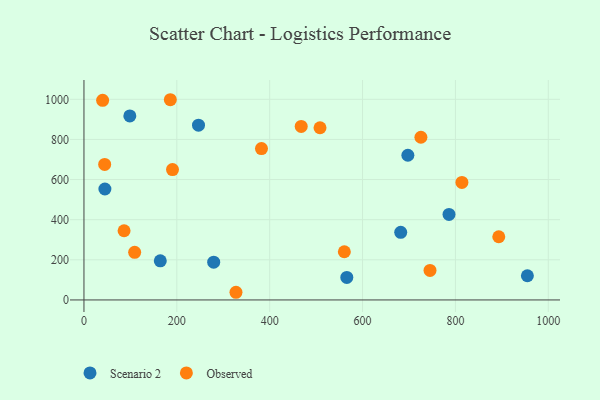
{"axis": {"x": "Distance", "y": "Sales"}, "legend": ["Observed", "Scenario 2"], "data": [{"x": "566.1", "y": 112.4, "type": "Scenario 2"}, {"x": "45.1", "y": 553.0, "type": "Scenario 2"}, {"x": "246.7", "y": 871.1, "type": "Scenario 2"}, {"x": "98.8", "y": 917.0, "type": "Scenario 2"}, {"x": "955.0", "y": 120.5, "type": "Scenario 2"}, {"x": "786.2", "y": 426.1, "type": "Scenario 2"}, {"x": "682.2", "y": 336.9, "type": "Scenario 2"}, {"x": "279.4", "y": 188.2, "type": "Scenario 2"}, {"x": "697.6", "y": 721.2, "type": "Scenario 2"}, {"x": "164.4", "y": 195.1, "type": "Scenario 2"}, {"x": "190.7", "y": 649.8, "type": "Observed"}, {"x": "725.7", "y": 810.9, "type": "Observed"}, {"x": "186.0", "y": 997.9, "type": "Observed"}, {"x": "44.6", "y": 675.5, "type": "Observed"}, {"x": "327.4", "y": 38.2, "type": "Observed"}, {"x": "86.4", "y": 344.9, "type": "Observed"}, {"x": "560.8", "y": 240.1, "type": "Observed"}, {"x": "382.3", "y": 754.6, "type": "Observed"}, {"x": "109.2", "y": 237.4, "type": "Observed"}, {"x": "508.4", "y": 858.3, "type": "Observed"}, {"x": "814.0", "y": 585.5, "type": "Observed"}, {"x": "467.9", "y": 864.6, "type": "Observed"}, {"x": "745.3", "y": 147.0, "type": "Observed"}, {"x": "893.4", "y": 314.9, "type": "Observed"}, {"x": "40.2", "y": 995.1, "type": "Observed"}]}